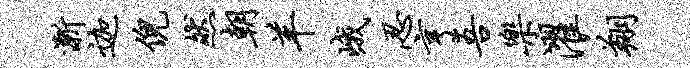
渐迦倪然朝羊峨忍亨吾乐濯翔